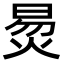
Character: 𬊛